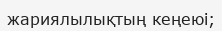
жариялылықтың кеңеюі;